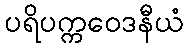
ပရိပက္ကဝေဒနီယံ